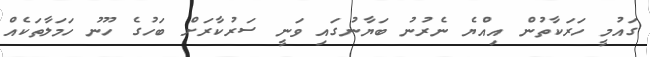
ގައުމީ ހަރަކާތުން އިއްޔެ ނެރުނު ބަޔާނުގައި ވަނީ ސަރުކާރަށް ބަހުގެ ހޫނު ހަމަލާތަކެއް